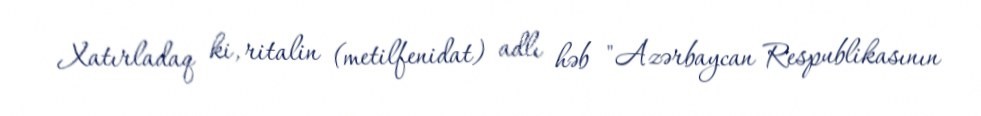
Xatırladaq ki, ritalin (metilfenidat) adlı həb "Azərbaycan Respublikasının